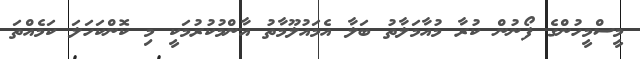
މީސްމީހުންގެ ފޯނުން ކުރާ މުއާމަލާތު ބަލާ އެމައުލޫމާތު އާންމުކުރުމަކީ މި ކޮންކަހަލަ ކަމެއްތަ